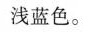
浅蓝色。